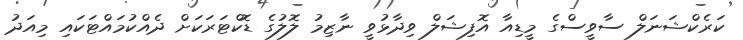
ކަރެކްޝަނަލް ސާވީސްގެ މީޑިއާ އޮފިޝަލް ވިދާޅުވީ ނާޒިމު ލޮލުގެ ޑޮކްޓަރަކަށް ދެއްކުމައްޓަކައި މިއަދު